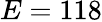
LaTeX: E=118